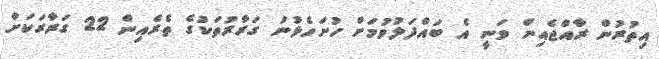
އިތުރުން ރާއްޖެއިން ވަނީ އެ ބައްދަލުވުމަށް ހުށަހެޅުނު ގަރާރުތަކުގެ ތެރެއިން 22 ގަރާރަކަށް